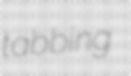
tabbing